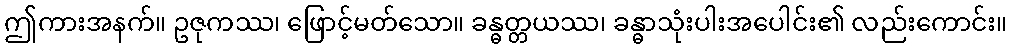
ဤကားအနက်။ ဥဇုကဿ၊ ဖြောင့်မတ်သော။ ခန္ဓတ္တယဿ၊ ခန္ဓာသုံးပါးအပေါင်း၏ လည်းကောင်း။